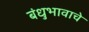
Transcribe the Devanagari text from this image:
बंधुभावाचे